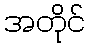
အတိုင်